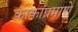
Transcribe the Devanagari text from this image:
काकांप्रमाणे